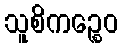
သူစိကဉ္စေဝ